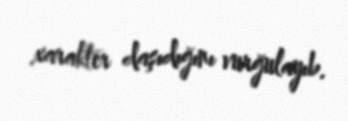
xarakter daşıdığını vurğulayıb.